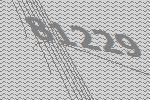
81229